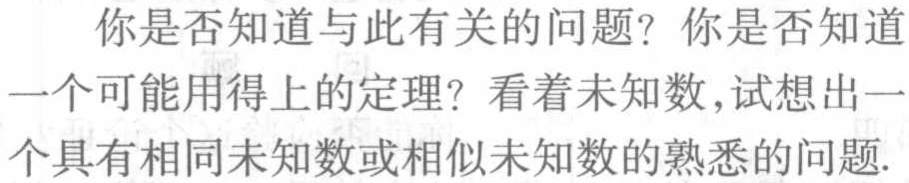
你是否知道与此有关的问题? 你是否知道
一个可能用得上的定理? 看着未知数,试想出一
个具有相同未知数或相似未知数的熟悉的问题.